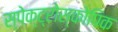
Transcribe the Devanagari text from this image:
स्पेक्ट्रोस्कोपिक